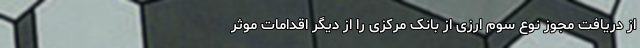
از دریافت مجوز نوع سوم ارزی از بانک مرکزی را از دیگر اقدامات موثر